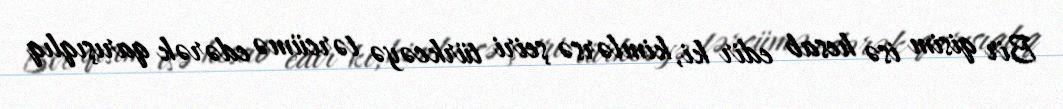
Bir qisim isə hesab edir ki, kimlərsə şeiri türkcəyə tərcümə edərək qarışıqlıq